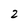
Character: 2